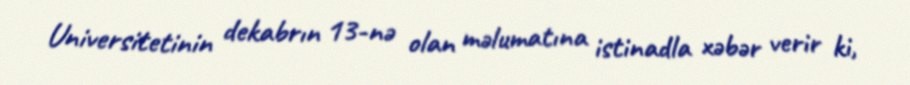
Universitetinin dekabrın 13-nə olan məlumatına istinadla xəbər verir ki,